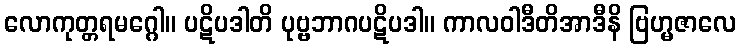
လောကုတ္တရမဂ္ဂေါ။ ပဋိပဒါတိ ပုဗ္ဗဘာဂပဋိပဒါ။ ကာလဝါဒီတိအာဒီနိ ဗြဟ္မဇာလေ